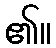
၏။